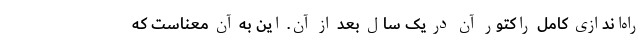
راه‌اندازی کامل راکتور آن در یک سال بعد از آن. این به آن معناست که